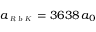
a _ { \scriptscriptstyle \textsl { R b K } } = 3 6 3 8 \, a _ { 0 }